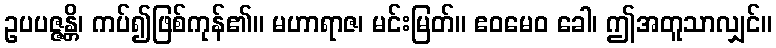
ဥပပဇ္ဇန္တိ၊ ကပ်၍ဖြစ်ကုန်၏။ မဟာရာဇ၊ မင်းမြတ်။ ဧဝမေဝ ခေါ၊ ဤအတူသာလျှင်။